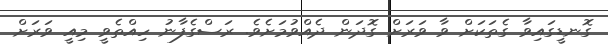
ގޮނޑީގައިވާ ގެތަކަށް ވާ ވަރަށް ގޮދަން ދެއްވުމަށެވެ. ރަސްގެފާނު ހިއްތެވީ މިއީ ވަރަށް